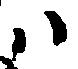
ハ